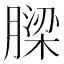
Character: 𮌹